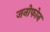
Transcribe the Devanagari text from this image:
जनोफोन